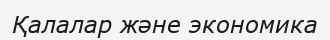
Қалалар және экономика